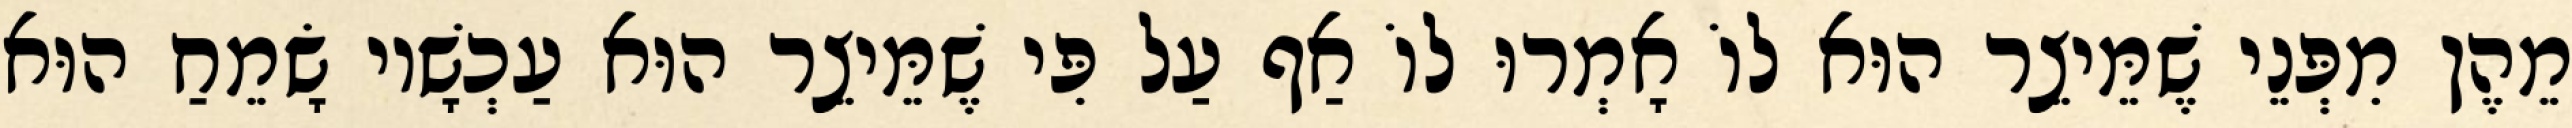
מֵהֶן מִפְּנֵי שֶׁמֵּיצֵר הוּא לוֹ אָמְרוּ לוֹ אַף עַל פִּי שֶׁמֵּיצֵר הוּא עַכְשָׁיו שָׂמֵחַ הוּא